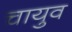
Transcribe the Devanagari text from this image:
चायुव